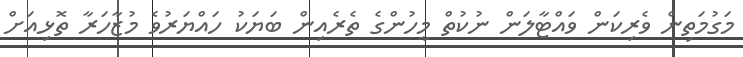
މަގުމަތިން ވެރިކަން ވައްޓާލަން ނުކުތް މީހުންގެ ތެރެއިން ބަޔަކު ހައްޔަރުވެ މުޒާހަރާ ތޮޅިއަށް